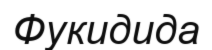
Фукидида